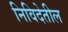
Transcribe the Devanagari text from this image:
निविदेतील